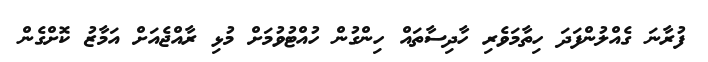
ފުރާނަ ގެއްލުންފަދަ ހިތާމަވެރި ހާދިސާތައް ހިންގުން ހުއްޓުވުމަށް މުޅި ރާއްޖެއަށް އަމާޒު ކޮށްގެން